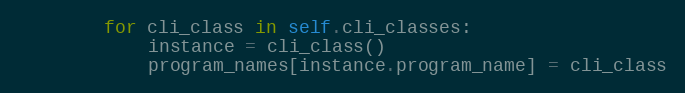
Language: Python
        for cli_class in self.cli_classes:
            instance = cli_class()
            program_names[instance.program_name] = cli_class